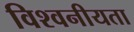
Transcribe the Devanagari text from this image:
विश्वनीयता